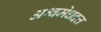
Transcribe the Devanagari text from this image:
अश्वमेधदत्त